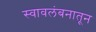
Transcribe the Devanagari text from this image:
स्वावलंबनातून